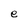
Character: e